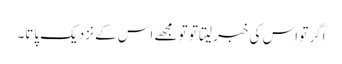
اگر تو اس کی خبر لیتا تو تو مجھے اس کے نزدیک پاتا۔